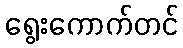
ရွေးကောက်တင်